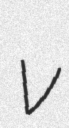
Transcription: v